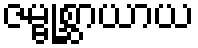
ဇမ္ဗုစ္ဆာယာယ